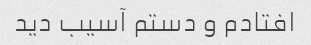
افتادم و دستم آسیب دید